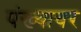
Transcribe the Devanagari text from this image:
पंख्यावर